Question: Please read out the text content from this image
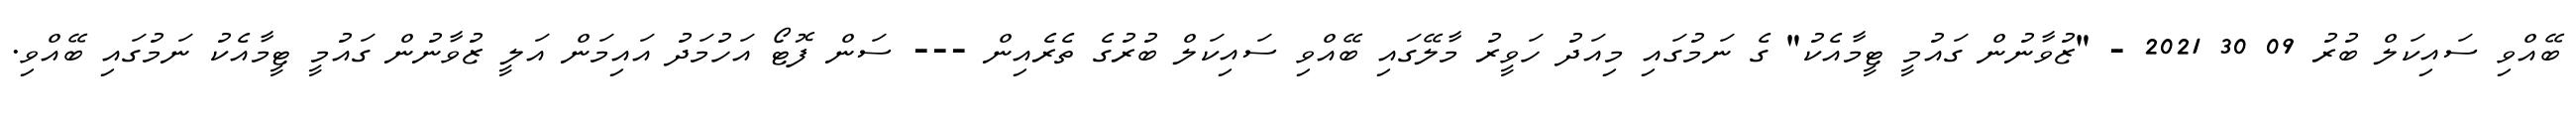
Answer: ބޭއްވި ސައިކަލް ބުރު 09 30 2021 - "ޒުވާނުން ގައުމީ ޓީމާއެކު" ގެ ނަމުގައި މިއަދު ހަވީރު މާލޭގައި ބޭއްވި ސައިކަލް ބުރުގެ ތެރެއިން --- ސަން ފޮޓޯ އަހުމަދު އައިމަން އަލީ ޒުވާނުން ގައުމީ ޓީމާއެކު ނަމުގައި ބޭއްވި.